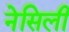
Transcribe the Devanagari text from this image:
नेसिली